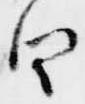
曰